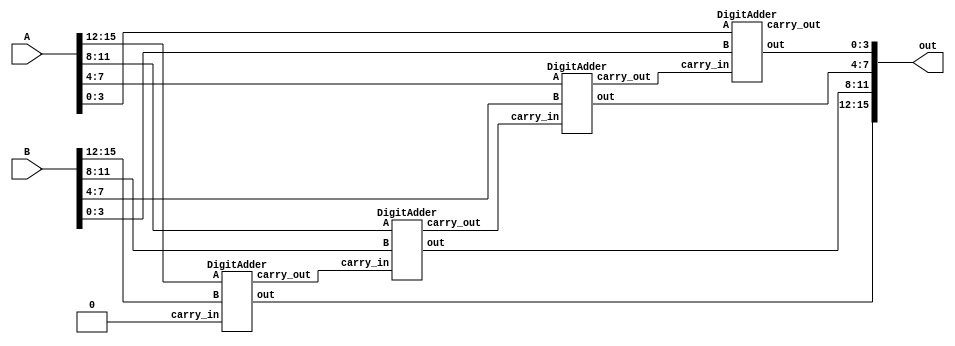
//output will not exceed 9000
module DecimalAdder4Dig (A, B, out);
	input [15:0] A; //ones, tens, hundreds, thousands
	input [15:0] B; //ones, tens, hundreds, thousands
	output[15:0] out; //ones, tens, hundreds, thousands 
	
	wire c1, c2, c3, c4;
	DigitAdder da4 (.A(A[3:0]), .B(B[3:0]), .carry_in(c3), .out(out[3:0]), .carry_out(c4)); //thousands
	DigitAdder da3 (.A(A[7:4]), .B(B[7:4]), .carry_in(c2), .out(out[7:4]), .carry_out(c3)); //hundreds
	DigitAdder da2 (.A(A[11:8]), .B(B[11:8]), .carry_in(c1), .out(out[11:8]), .carry_out(c2)); //tens
	DigitAdder da1 (.A(A[15:12]), .B(B[15:12]), .carry_in(1'b0), .out(out[15:12]), .carry_out(c1));//ones
endmodule

module DigitAdder(A, B, carry_in, out, carry_out);
	input [3:0] A;
	input [3:0] B;
	input carry_in;
	output reg [3:0] out;
	output reg carry_out;
	
	always@(*) begin
		if(A+B+carry_in < 5'd10)
			begin
			out[3:0] = A+B+carry_in;
			carry_out = 1'b0;
			end
		else 
			begin
			out[3:0] = A+B+carry_in+4'd6;
			carry_out = 1'b1;
			end
	end
endmodule

module DecimalCounter4Dig(count, clock, reset);
	output [15:0] count;
	input clock;
	input reset;
	
	reg [3:0] ones;
	reg [3:0] hundreds;
	reg [3:0] tens;
	reg [3:0] thousands;
	
	assign count = {ones, tens, hundreds, thousands};
	
	always @(posedge clock) begin
		if(reset == 1'b1)
			ones <= 4'b0;
		else if(ones == 4'd9)
			ones <= 4'b0;
		else
			ones <= ones + 1'b1;
	end
	
	always @(posedge clock) begin
		if(reset == 1'b1)
			tens <= 4'b0;
		else if(ones == 4'd9 && tens == 4'd9)
			tens <= 4'b0;
		else if(ones == 4'd9)
			tens <= tens + 1'b1;
	end
	
	always @(posedge clock) begin
		if(reset == 1'b1 )
			hundreds <= 4'b0;
		else if({hundreds, tens, ones} == 12'b1001_1001_1001)
			hundreds <= 4'b0;
		else if(tens == 4'd9 && ones == 4'd9)
			hundreds <= hundreds + 1'b1;
	end
	
	always @(posedge clock) begin
		if(reset == 1'b1)
			thousands <= 4'b0;
		if({thousands, hundreds, tens, ones} == 16'b1001_1001_1001_1001)
			thousands <= 4'b0;
		else if(hundreds == 4'd9 && tens == 4'd9 && ones == 4'd9)
			thousands <= thousands + 1'b1;
	end

endmodule